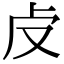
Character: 𠧘